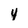
Character: 4